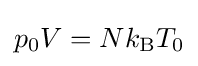
p_{0}V=Nk_{\text{B}}T_{0}